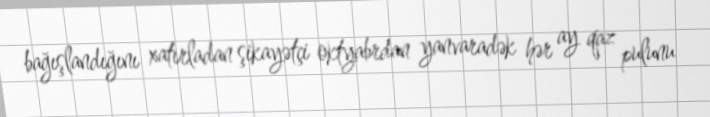
bağışlandığını xatırladan şikayətçi oktyabrdan yanvaradək hər ay qaz pulunu